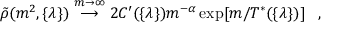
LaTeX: \tilde { \rho } ( m ^ { 2 } , \{ \lambda \} ) \stackrel { m \rightarrow \infty } { \longrightarrow } 2 C ^ { \prime } ( \{ \lambda \} ) m ^ { - \alpha } \exp [ m / T ^ { * } ( \{ \lambda \} ) ] \; \; \; ,